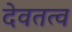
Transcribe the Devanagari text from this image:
देवतत्व